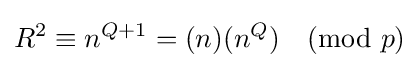
R^{2}\equiv n^{Q+1}=(n)(n^{Q}){\pmod {p}}